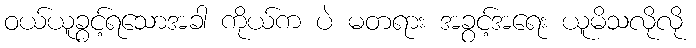
ဝယ်ယူခွင့်ရသောအခါ ကိုယ်က ပဲ မတရား အခွင့်အရေး ယူမိသလိုလို